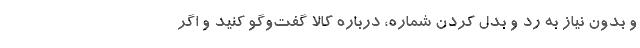
و بدون نیاز به رد و بدل کردن شماره، درباره کالا گفت‌وگو کنید و اگر